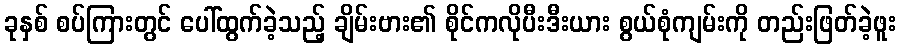
ခုနှစ် စပ်ကြားတွင် ပေါ်ထွက်ခဲ့သည့် ချိမ်းဗား၏ စိုင်ကလိုပီးဒီးယား စွယ်စုံကျမ်းကို တည်းဖြတ်ခဲ့ဖူး